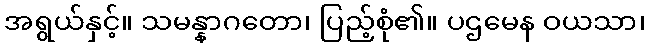
အရွယ်နှင့်။ သမန္နာဂတော၊ ပြည့်စုံ၏။ ပဌမေန ဝယသာ၊